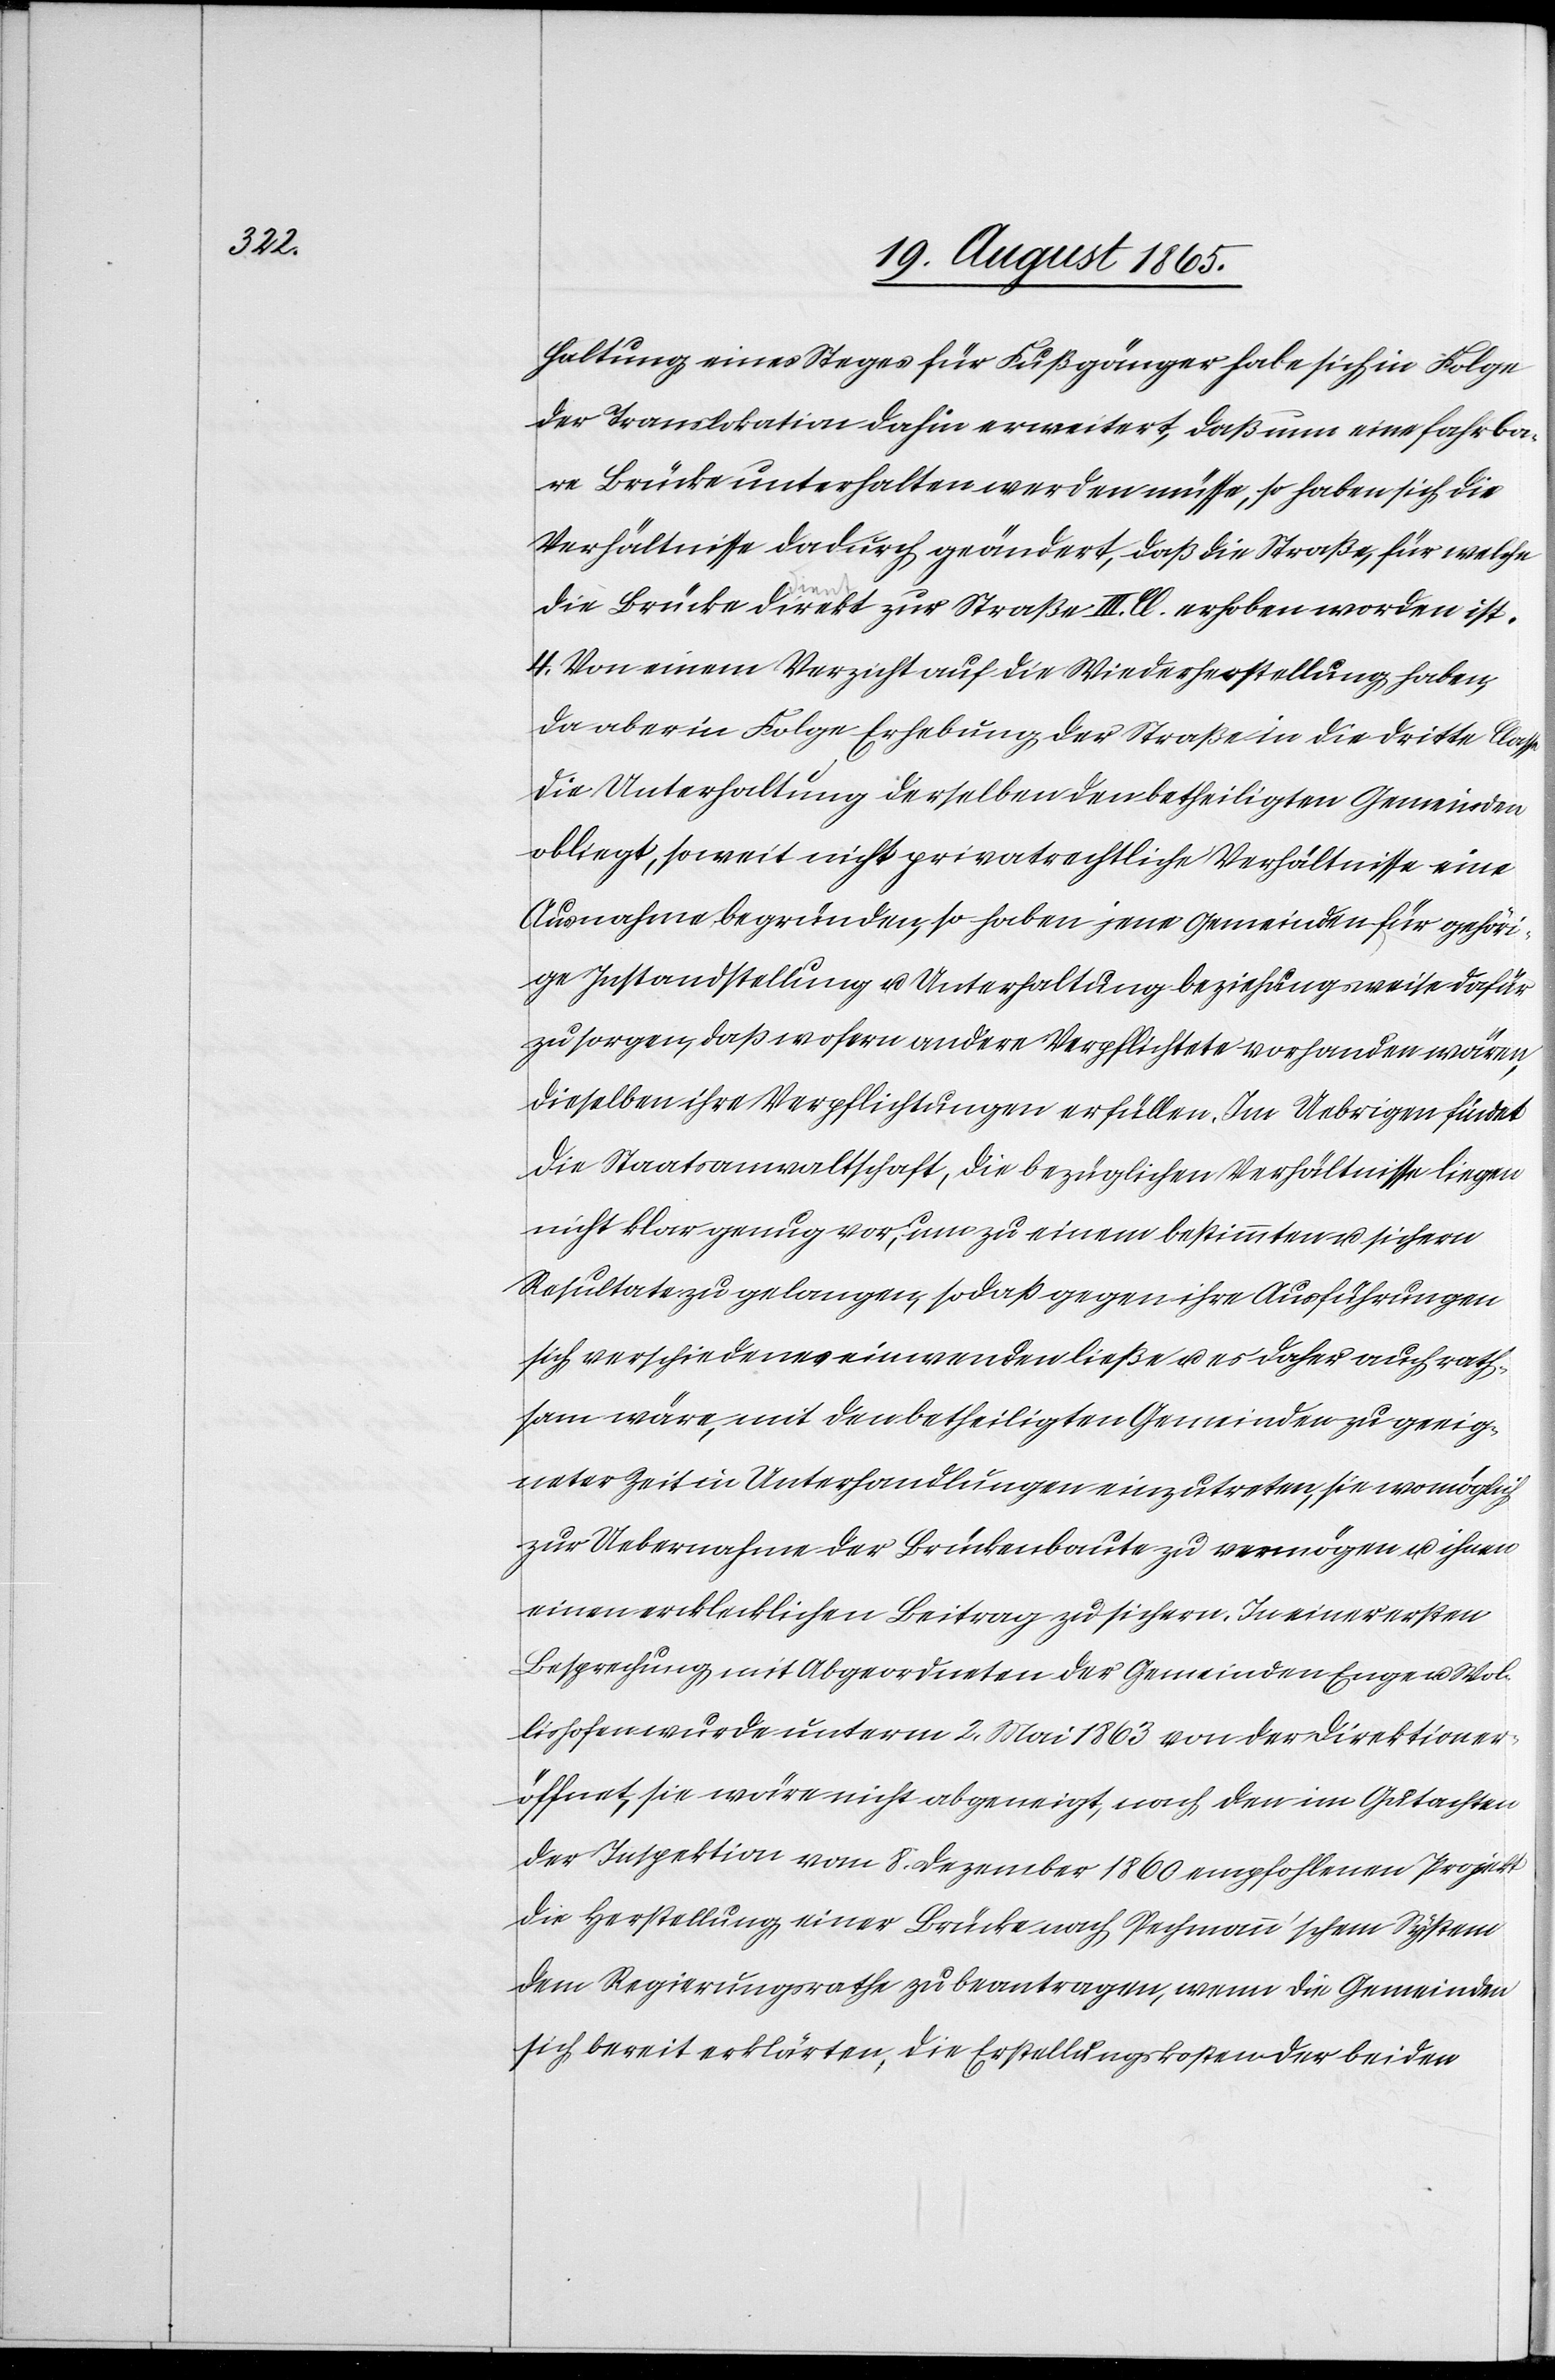
haltung eines Steges für Fußgänger habe sich in Folge
der Tramlokation dahin erweitert, daß nun eine fahrba¬
re Brücke unterhalten werden müsse, so haben sich die
Verhältnisse dadurch geändert, daß die Straße, für welche
die Brücke direkt zur Straße III. Cl. erhoben worden ist.
4. Von einem Verzicht auf die Wiederherstellung haben,
da aber in Folge Erhebung der Straße in die dritte Classe
die Unterhaltung derselben den betheiligten Gemeinden
obliegt, so weit nicht privatrechtliche Verhältnisse eine
Ausnahme begründen, so haben jene Gemeinden für gehöri¬
gen Instandstellung u. Unterhaltung beziehungsweise dafür
zu sorgen, daß wofern andere Verpflichtete vorhanden wären,
dieselben ihre Verpflichtungen erfüllen. Im Uebrigen findet
die Staatsanwaltschaft, die bezüglichen Verhältnisse liegen
nicht klar genug vor, um zu einem bestimmten u. sichern
Resultate zu gelangen, so daß gegen ihre Ausführungen
sich verschiedenes einwenden ließe u. es daher auch rath¬
sam wäre, mit den betheiligten Gemeinden zu geeig¬
neter Zeit in Unterhandlungen einzutreten, sie wo möglich
zur Uebernahme der Brückenbaute zu vermögen u. ihnen
einen ercklecklichen Beitrag zu sichern. In einer ersten
Besprechung mit Abgeordneten der Gemeinden Enge u. Wol¬
lishofen wurde unterm 2. Mai 1863 von der Direktion er¬
öffnet, sie wäre nicht abgeneigt, nach den im Gutachten
der Inspektion vom 8. Dezember 1860 empfohlenen Projekt
die Herstellung einer Brücke nach Pechmann’schem System
dem Regierungsrathe zu beantragen, wenn die Gemeinden
sich bereit erklärten, die Erstellungskosten der beiden